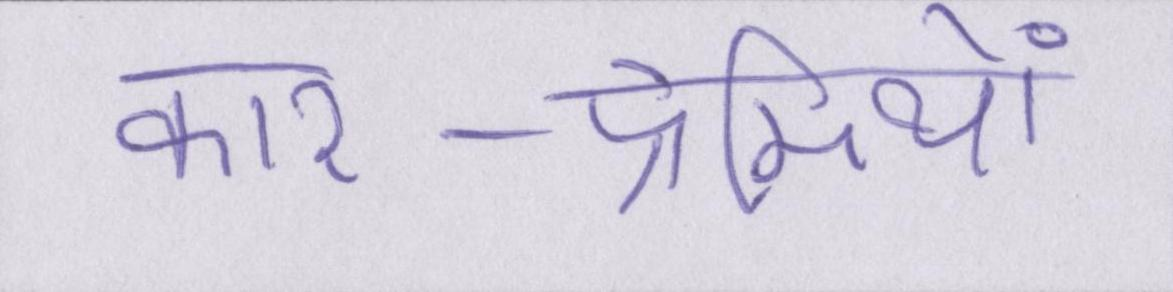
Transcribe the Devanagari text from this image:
कार-प्रेमियों